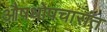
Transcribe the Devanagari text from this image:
औषधोपचारांत